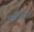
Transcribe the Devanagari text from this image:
यूनीटेरीयन